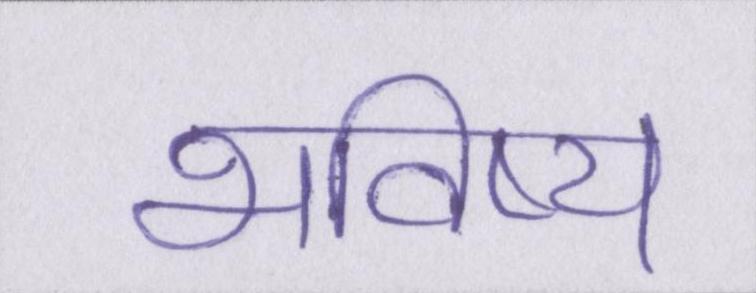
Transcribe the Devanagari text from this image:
भविष्य